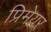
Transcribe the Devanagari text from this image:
प्रिमेयर